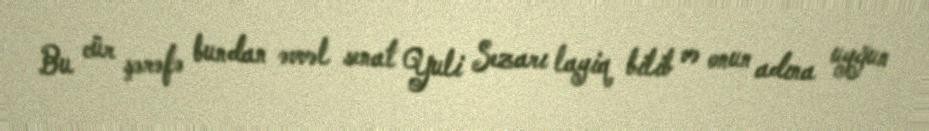
Bu cür şərəfə bundan əvvəl senat Yuli Sezarı layiq bilib və onun adına uyğun